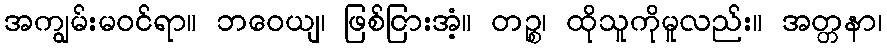
အကျွမ်းမဝင်ရာ။ ဘဝေယျ၊ ဖြစ်ငြားအံ့။ တဉ္စ၊ ထိုသူကိုမူလည်း။ အတ္တနာ၊